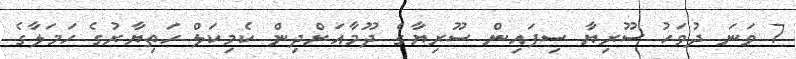
7 ވަނަ ދުވަހު ސޫރިޔާ ސިފައިން ސޫރިޔާގެ ދޫމާއަށްދިން ކެމިކަލް ހަތިޔާރުގެ ހަމަލާގެ